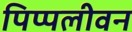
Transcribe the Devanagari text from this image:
पिप्पलीवन